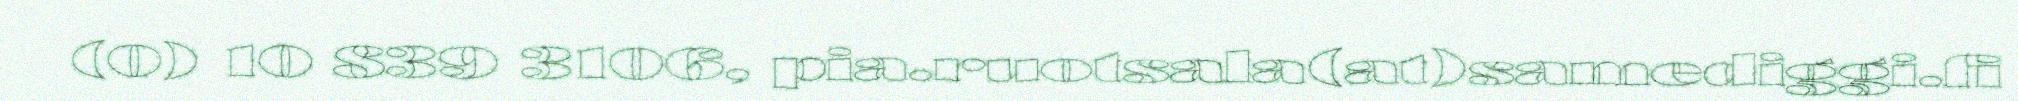
(0) 10 839 3106, pia.ruotsala(at)samediggi.fi